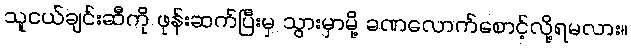
သူငယ်ချင်းဆီကို ဖုန်းဆက်ပြီးမှ သွားမှာမို့ ခဏလောက်စောင့်လို့ရမလား။